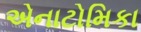
એનાટોમિકા